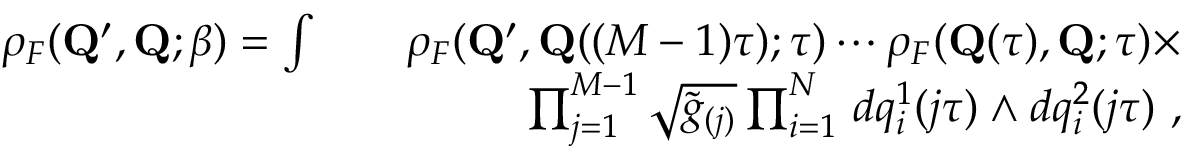
\begin{array} { r l r } { \rho _ { F } ( { \mathbf { Q } ^ { \prime } } , \mathbf { Q } ; \beta ) = \int } & { } & { \rho _ { F } ( { \mathbf { Q } ^ { \prime } } , \mathbf { Q } ( ( M - 1 ) \tau ) ; \tau ) \cdots \rho _ { F } ( \mathbf { Q } ( \tau ) , \mathbf { Q } ; \tau ) \times } \\ & { } & { \prod _ { j = 1 } ^ { M - 1 } \sqrt { \tilde { g } _ { ( j ) } } \prod _ { i = 1 } ^ { N } \, d q _ { i } ^ { 1 } ( j \tau ) \wedge d q _ { i } ^ { 2 } ( j \tau ) ~ , } \end{array}